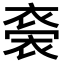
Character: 𧛁